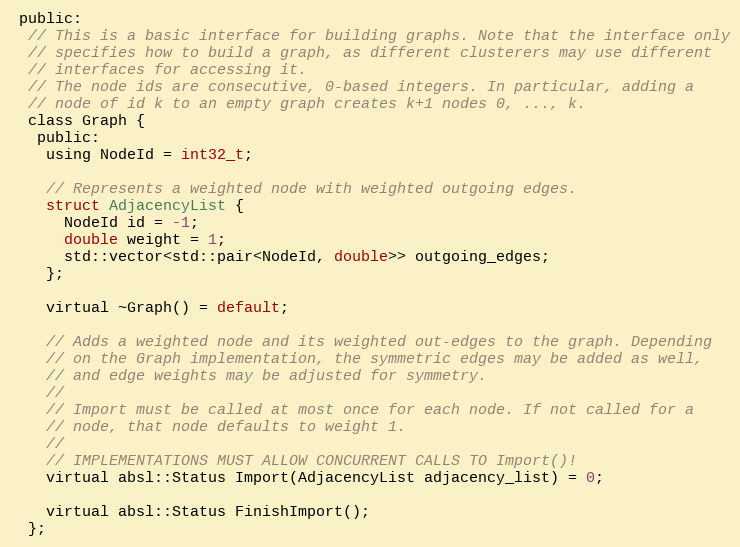
Language: C
 public:
  // This is a basic interface for building graphs. Note that the interface only
  // specifies how to build a graph, as different clusterers may use different
  // interfaces for accessing it.
  // The node ids are consecutive, 0-based integers. In particular, adding a
  // node of id k to an empty graph creates k+1 nodes 0, ..., k.
  class Graph {
   public:
    using NodeId = int32_t;

    // Represents a weighted node with weighted outgoing edges.
    struct AdjacencyList {
      NodeId id = -1;
      double weight = 1;
      std::vector<std::pair<NodeId, double>> outgoing_edges;
    };

    virtual ~Graph() = default;

    // Adds a weighted node and its weighted out-edges to the graph. Depending
    // on the Graph implementation, the symmetric edges may be added as well,
    // and edge weights may be adjusted for symmetry.
    //
    // Import must be called at most once for each node. If not called for a
    // node, that node defaults to weight 1.
    //
    // IMPLEMENTATIONS MUST ALLOW CONCURRENT CALLS TO Import()!
    virtual absl::Status Import(AdjacencyList adjacency_list) = 0;

    virtual absl::Status FinishImport();
  };